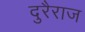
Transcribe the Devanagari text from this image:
दुरैराज